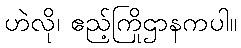
ဟဲလို၊ ဧည့်ကြိုဌာနကပါ။